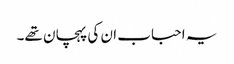
یہ احباب ان کی پہچان تھے۔